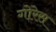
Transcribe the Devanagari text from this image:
गोरेस